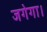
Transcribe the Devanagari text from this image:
जगेगा।